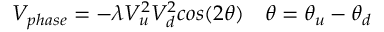
V _ { p h a s e } = - \lambda V _ { u } ^ { 2 } V _ { d } ^ { 2 } c o s ( 2 \theta ) \quad \theta = \theta _ { u } - \theta _ { d }